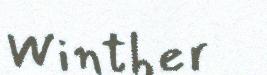
Winther